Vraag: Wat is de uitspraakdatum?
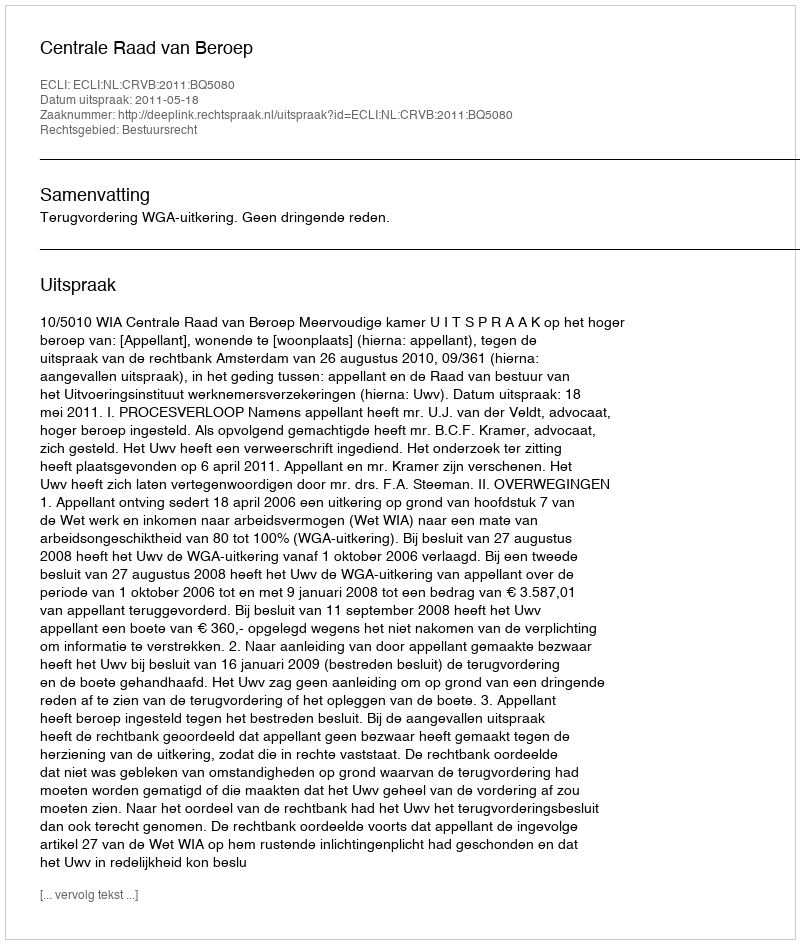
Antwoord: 2011-05-18